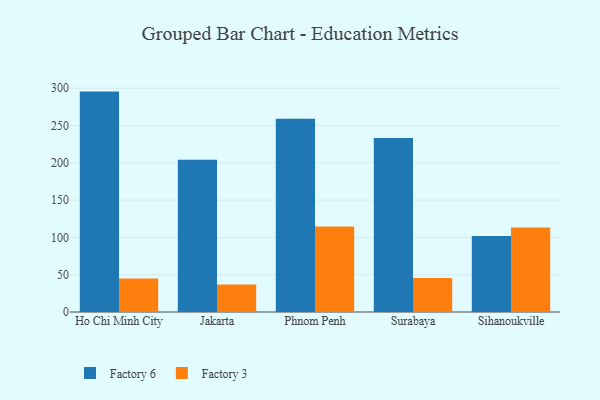
{"axis": {"x": "City", "y": "Production Output"}, "legend": ["Factory 3", "Factory 6"], "data": [{"x": "Ho Chi Minh City", "y": 295.4, "type": "Factory 6"}, {"x": "Ho Chi Minh City", "y": 44.8, "type": "Factory 3"}, {"x": "Jakarta", "y": 204.1, "type": "Factory 6"}, {"x": "Jakarta", "y": 36.8, "type": "Factory 3"}, {"x": "Phnom Penh", "y": 258.9, "type": "Factory 6"}, {"x": "Phnom Penh", "y": 114.5, "type": "Factory 3"}, {"x": "Surabaya", "y": 233.1, "type": "Factory 6"}, {"x": "Surabaya", "y": 45.6, "type": "Factory 3"}, {"x": "Sihanoukville", "y": 101.7, "type": "Factory 6"}, {"x": "Sihanoukville", "y": 113.4, "type": "Factory 3"}]}